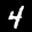
Label: 4